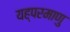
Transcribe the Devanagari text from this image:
यह्परमाणु